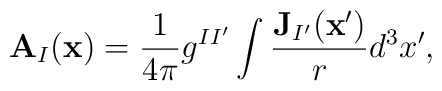
\mathbf{A}_I(\mathbf{x})=\frac{1}{4\pi}g^{II'}\int\frac{\mathbf{J}_{I'}(\mathbf{x}')}{r}d^3x' ,